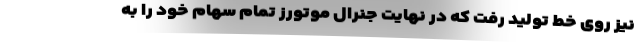
نیز روی خط تولید رفت که در نهایت جنرال موتورز تمام سهام خود را به